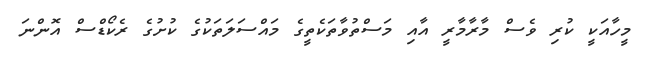
މީހާއަކީ ކުރި ވެސް މާރާމާރީ އާއި މަސްތުވާތަކެތީގެ މައްސަލަތަކުގެ ކުށުގެ ރެކޯޑްސް އޮންނަ